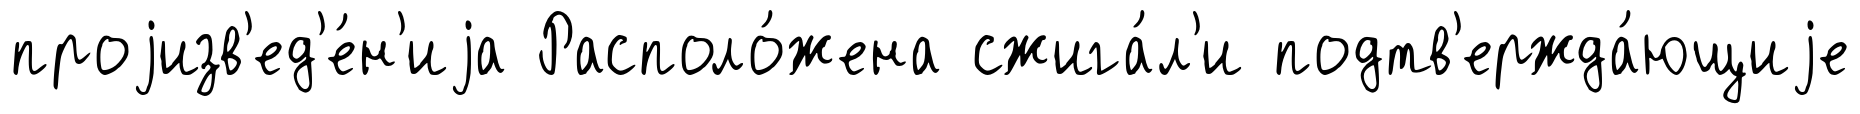
проjизв'ед'е́н'иjа Располо́жена сжига́л'и подтв'ержда́ющиjе